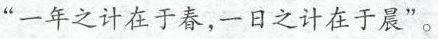
“一年之计在于春，一日之计在于晨”。